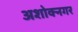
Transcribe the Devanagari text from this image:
अशोक्नगर